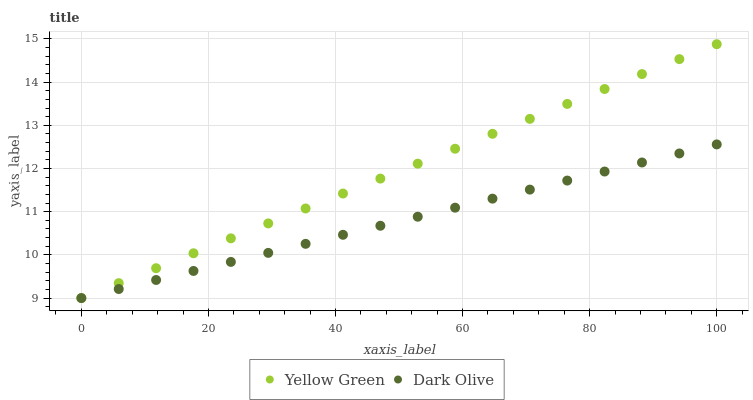
| xaxis_label | Yellow Green | Dark Olive |
 | --- | --- | --- |
 | 0 | 9 | 9 |
 | 5.88 | 9.35 | 9.21 |
 | 11.8 | 9.69 | 9.42 |
 | 17.6 | 10 | 9.63 |
 | 23.5 | 10.4 | 9.84 |
 | 29.4 | 10.7 | 10 |
 | 35.3 | 11.1 | 10.3 |
 | 41.2 | 11.4 | 10.5 |
 | 47.1 | 11.8 | 10.7 |
 | 52.9 | 12.1 | 10.9 |
 | 58.8 | 12.5 | 11.1 |
 | 64.7 | 12.8 | 11.3 |
 | 70.6 | 13.2 | 11.5 |
 | 76.5 | 13.5 | 11.7 |
 | 82.4 | 13.8 | 11.9 |
 | 88.2 | 14.2 | 12.1 |
 | 94.1 | 14.5 | 12.3 |
 | 100 | 14.9 | 12.6 |